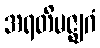
အရတိမဇ္ဈဂံ